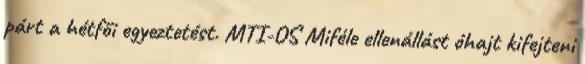
párt a hétfői egyeztetést. MTI-OS Miféle ellenállást óhajt kifejteni